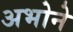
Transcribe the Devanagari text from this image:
अभोने